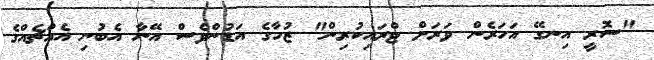
"ސޮރީ އިނގޭ އަހަރެން ވަރަށް ޓްރައިކުރިން" ޒުހާގެ އަޑުންވެސް އޭނާ އެބުނި އެއްޗެއްގެ